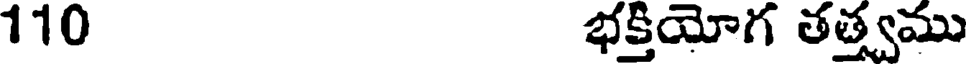
110 భక్తియోగ తత్త్వము